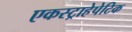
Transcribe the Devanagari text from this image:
एकस्ट्राहेपेटिक